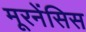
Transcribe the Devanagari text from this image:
मूरनेंसिस